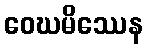
ဝေဃမိဿေန